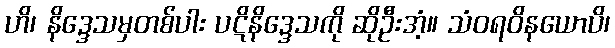
ဟိ၊ နိဒ္ဒေသမှတစ်ပါး ပဋိနိဒ္ဒေသကို ဆိုဦးအံ့။ သံဝရဝိနယောပိ၊